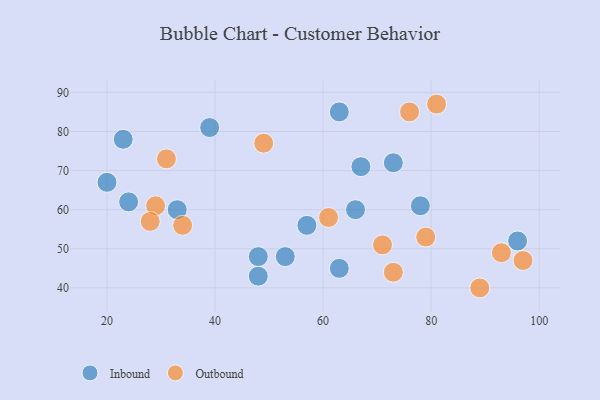
{"axis": {"x": "GDP", "y": "Life Expectancy"}, "legend": ["Inbound", "Outbound"], "data": [{"x": "78", "y": 61, "type": "Inbound"}, {"x": "57", "y": 56, "type": "Inbound"}, {"x": "48", "y": 48, "type": "Inbound"}, {"x": "48", "y": 43, "type": "Inbound"}, {"x": "39", "y": 81, "type": "Inbound"}, {"x": "63", "y": 45, "type": "Inbound"}, {"x": "63", "y": 85, "type": "Inbound"}, {"x": "96", "y": 52, "type": "Inbound"}, {"x": "24", "y": 62, "type": "Inbound"}, {"x": "73", "y": 72, "type": "Inbound"}, {"x": "23", "y": 78, "type": "Inbound"}, {"x": "33", "y": 60, "type": "Inbound"}, {"x": "66", "y": 60, "type": "Inbound"}, {"x": "53", "y": 48, "type": "Inbound"}, {"x": "67", "y": 71, "type": "Inbound"}, {"x": "20", "y": 67, "type": "Inbound"}, {"x": "76", "y": 85, "type": "Outbound"}, {"x": "71", "y": 51, "type": "Outbound"}, {"x": "73", "y": 44, "type": "Outbound"}, {"x": "81", "y": 87, "type": "Outbound"}, {"x": "49", "y": 77, "type": "Outbound"}, {"x": "89", "y": 40, "type": "Outbound"}, {"x": "79", "y": 53, "type": "Outbound"}, {"x": "97", "y": 47, "type": "Outbound"}, {"x": "93", "y": 49, "type": "Outbound"}, {"x": "29", "y": 61, "type": "Outbound"}, {"x": "31", "y": 73, "type": "Outbound"}, {"x": "61", "y": 58, "type": "Outbound"}, {"x": "28", "y": 57, "type": "Outbound"}, {"x": "34", "y": 56, "type": "Outbound"}]}